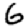
Digit: 6